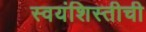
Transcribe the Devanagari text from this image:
स्वयंशिस्तीची